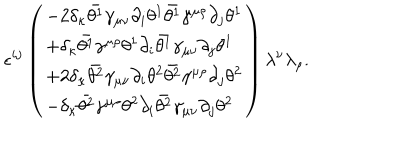
\epsilon ^ { i j } \left( \begin{array} { l } { { - 2 \delta _ { \kappa } \bar { \theta ^ { 1 } } \gamma _ { \mu \nu } \partial _ { i } \theta ^ { 1 } \bar { \theta ^ { 1 } } \gamma ^ { \mu \rho } \partial _ { j } \theta ^ { 1 } } } \\ { { + \delta _ { \kappa } \bar { \theta ^ { 1 } } \gamma ^ { \mu \rho } \theta ^ { 1 } \partial _ { i } \bar { \theta ^ { 1 } } \gamma _ { \mu \nu } \partial _ { j } \theta ^ { 1 } } } \\ { { + 2 \delta _ { \kappa } \bar { \theta ^ { 2 } } \gamma _ { \mu \nu } \partial _ { i } \theta ^ { 2 } \bar { \theta ^ { 2 } } \gamma ^ { \mu \rho } \partial _ { j } \theta ^ { 2 } } } \\ { { - \delta _ { \kappa } \bar { \theta ^ { 2 } } \gamma ^ { \mu \rho } \theta ^ { 2 } \partial _ { i } \bar { \theta ^ { 2 } } \gamma _ { \mu \nu } \partial _ { j } \theta ^ { 2 } } } \\ \end{array} \right) \lambda ^ { \nu } \lambda _ { \rho } .